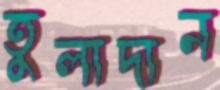
তুলাদান